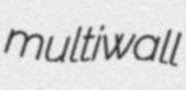
multiwall